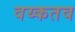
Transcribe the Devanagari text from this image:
वय्कतव